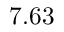
7 . 6 3